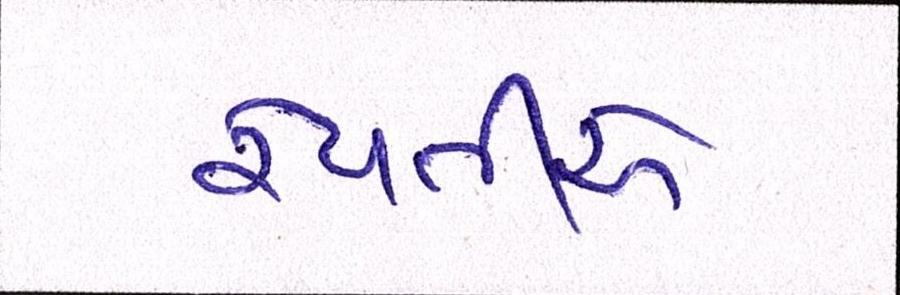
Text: રેવતીએ